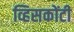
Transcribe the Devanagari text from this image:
व्हिसकोंटी